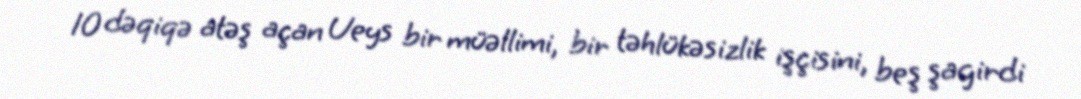
10 dəqiqə atəş açan Ueys bir müəllimi, bir təhlükəsizlik işçisini, beş şagirdi